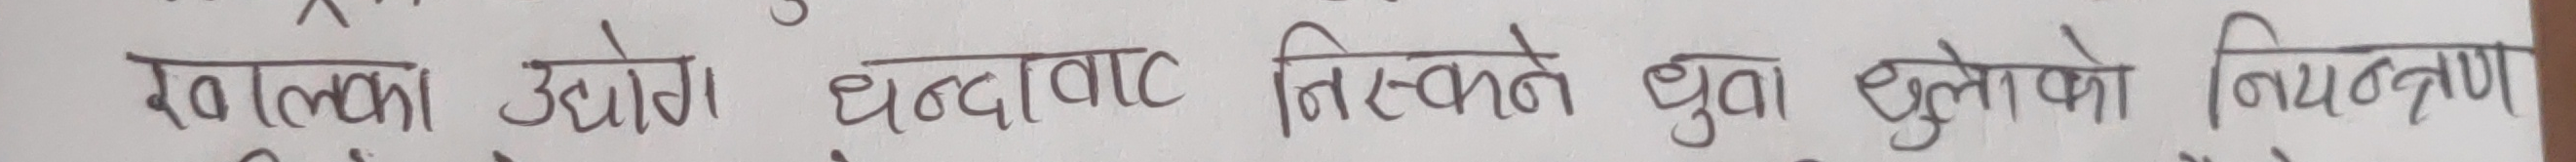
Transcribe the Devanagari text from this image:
खानीका उद्योग धन्दावाट निस्कने धुवाँ धूलोको नियन्त्रण